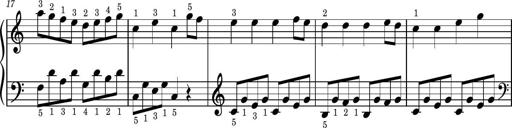
Title: Easy Progressive Lessons and 4 Sonatinas
Composer: Thomas Attwood